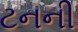
ટનની